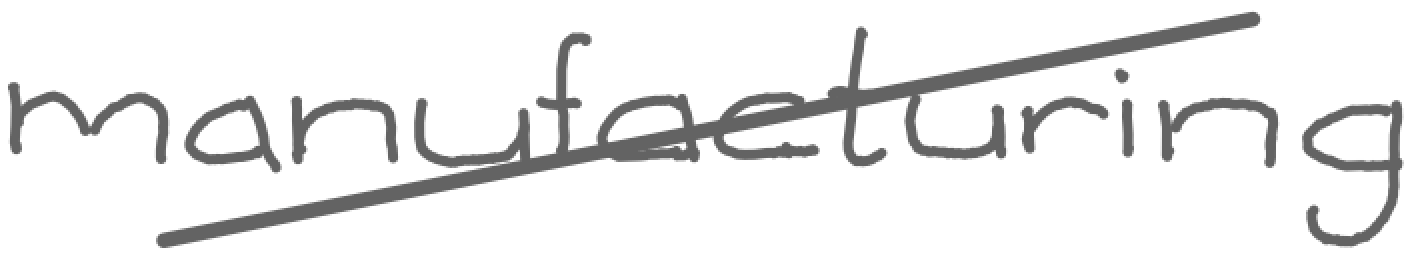
Text: manufacturing
Cross-out: diagonal
Writing tool: digital_gray